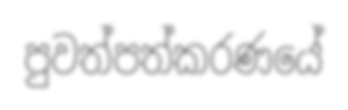
පුවත්පත්කරණයේ